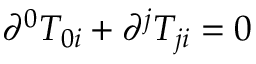
\partial ^ { 0 } T _ { 0 i } + \partial ^ { j } T _ { j i } = 0